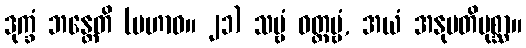
ဒုက္ခံ ဘန္တေတိ (မဟာဝ။ ၂၁) သဗ္ဗံ ဝတ္တဗ္ဗံ, အယံ အနုမတိပုစ္ဆာ။